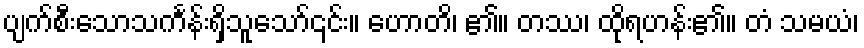
ပျက်စီးသောသင်္ကန်းရှိသူသော်၎င်း။ ဟောတိ၊ ၏။ တဿ၊ ထိုရဟန်း၏။ တံ သမယံ၊